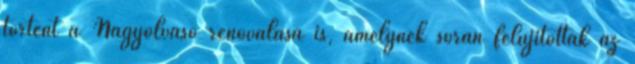
történt a Nagyolvasó renoválása is, amelynek során felújították az